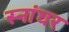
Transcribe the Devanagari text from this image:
स्नांघर